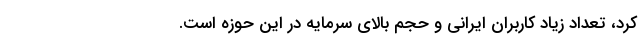
کرد، تعداد زیاد کاربران ایرانی و حجم بالای سرمایه در این حوزه است.